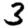
Digit: 3